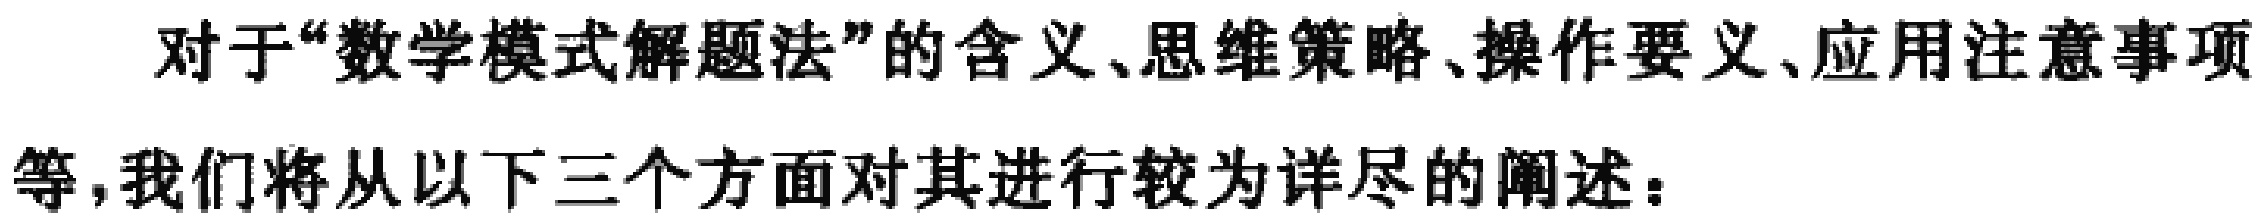
对于“数学模式解题法”的含义、思维策略、操作要义、应用注意事项等，我们将从以下三个方面对其进行较为详尽的阐述：